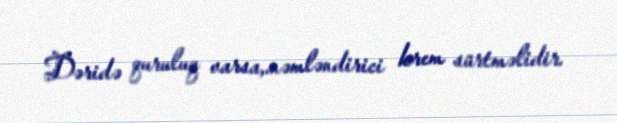
Dəridə quruluq varsa,.nəmləndirici krem sürtməlidir.